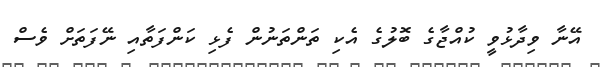
އޭނާ ވިދާޅުވީ ކުއްޖާގެ ބޮލުގެ އެކި ތަންތަނުން ފެޅި ކަންފަތާއި ނޭފަތަށް ވެސް